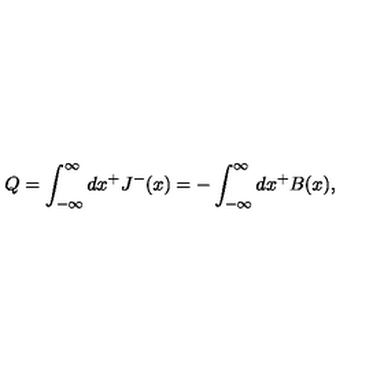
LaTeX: Q = \int _ { - { \infty } } ^ { \infty } d x ^ { + } J ^ { - } ( x ) = - \int _ { - { \infty } } ^ { \infty } d x ^ { + } B ( x ) ,